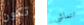
تكون تتماشى